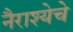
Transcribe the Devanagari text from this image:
नैराश्येचे